Document type: Sale
Year: 1451
Scribe: [Unknown]
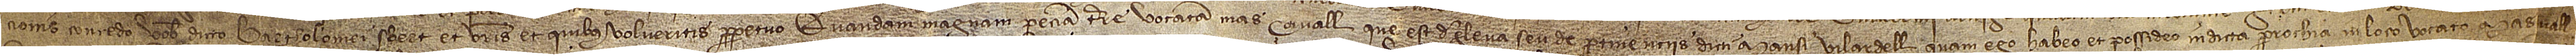
cionis concedo vobis dicto Bartholomei Sbert et vestris et quibus volueritis perpetuo quandam magnam peciam terre vocatam Mas Cavall, que est de gleva seu de pertinenciis dicti Mansi Vilardell, quam ego habeo et possideo in dicta parrochia, in loco vocato Mas[de]vall,